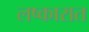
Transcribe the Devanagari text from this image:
लष्कारात